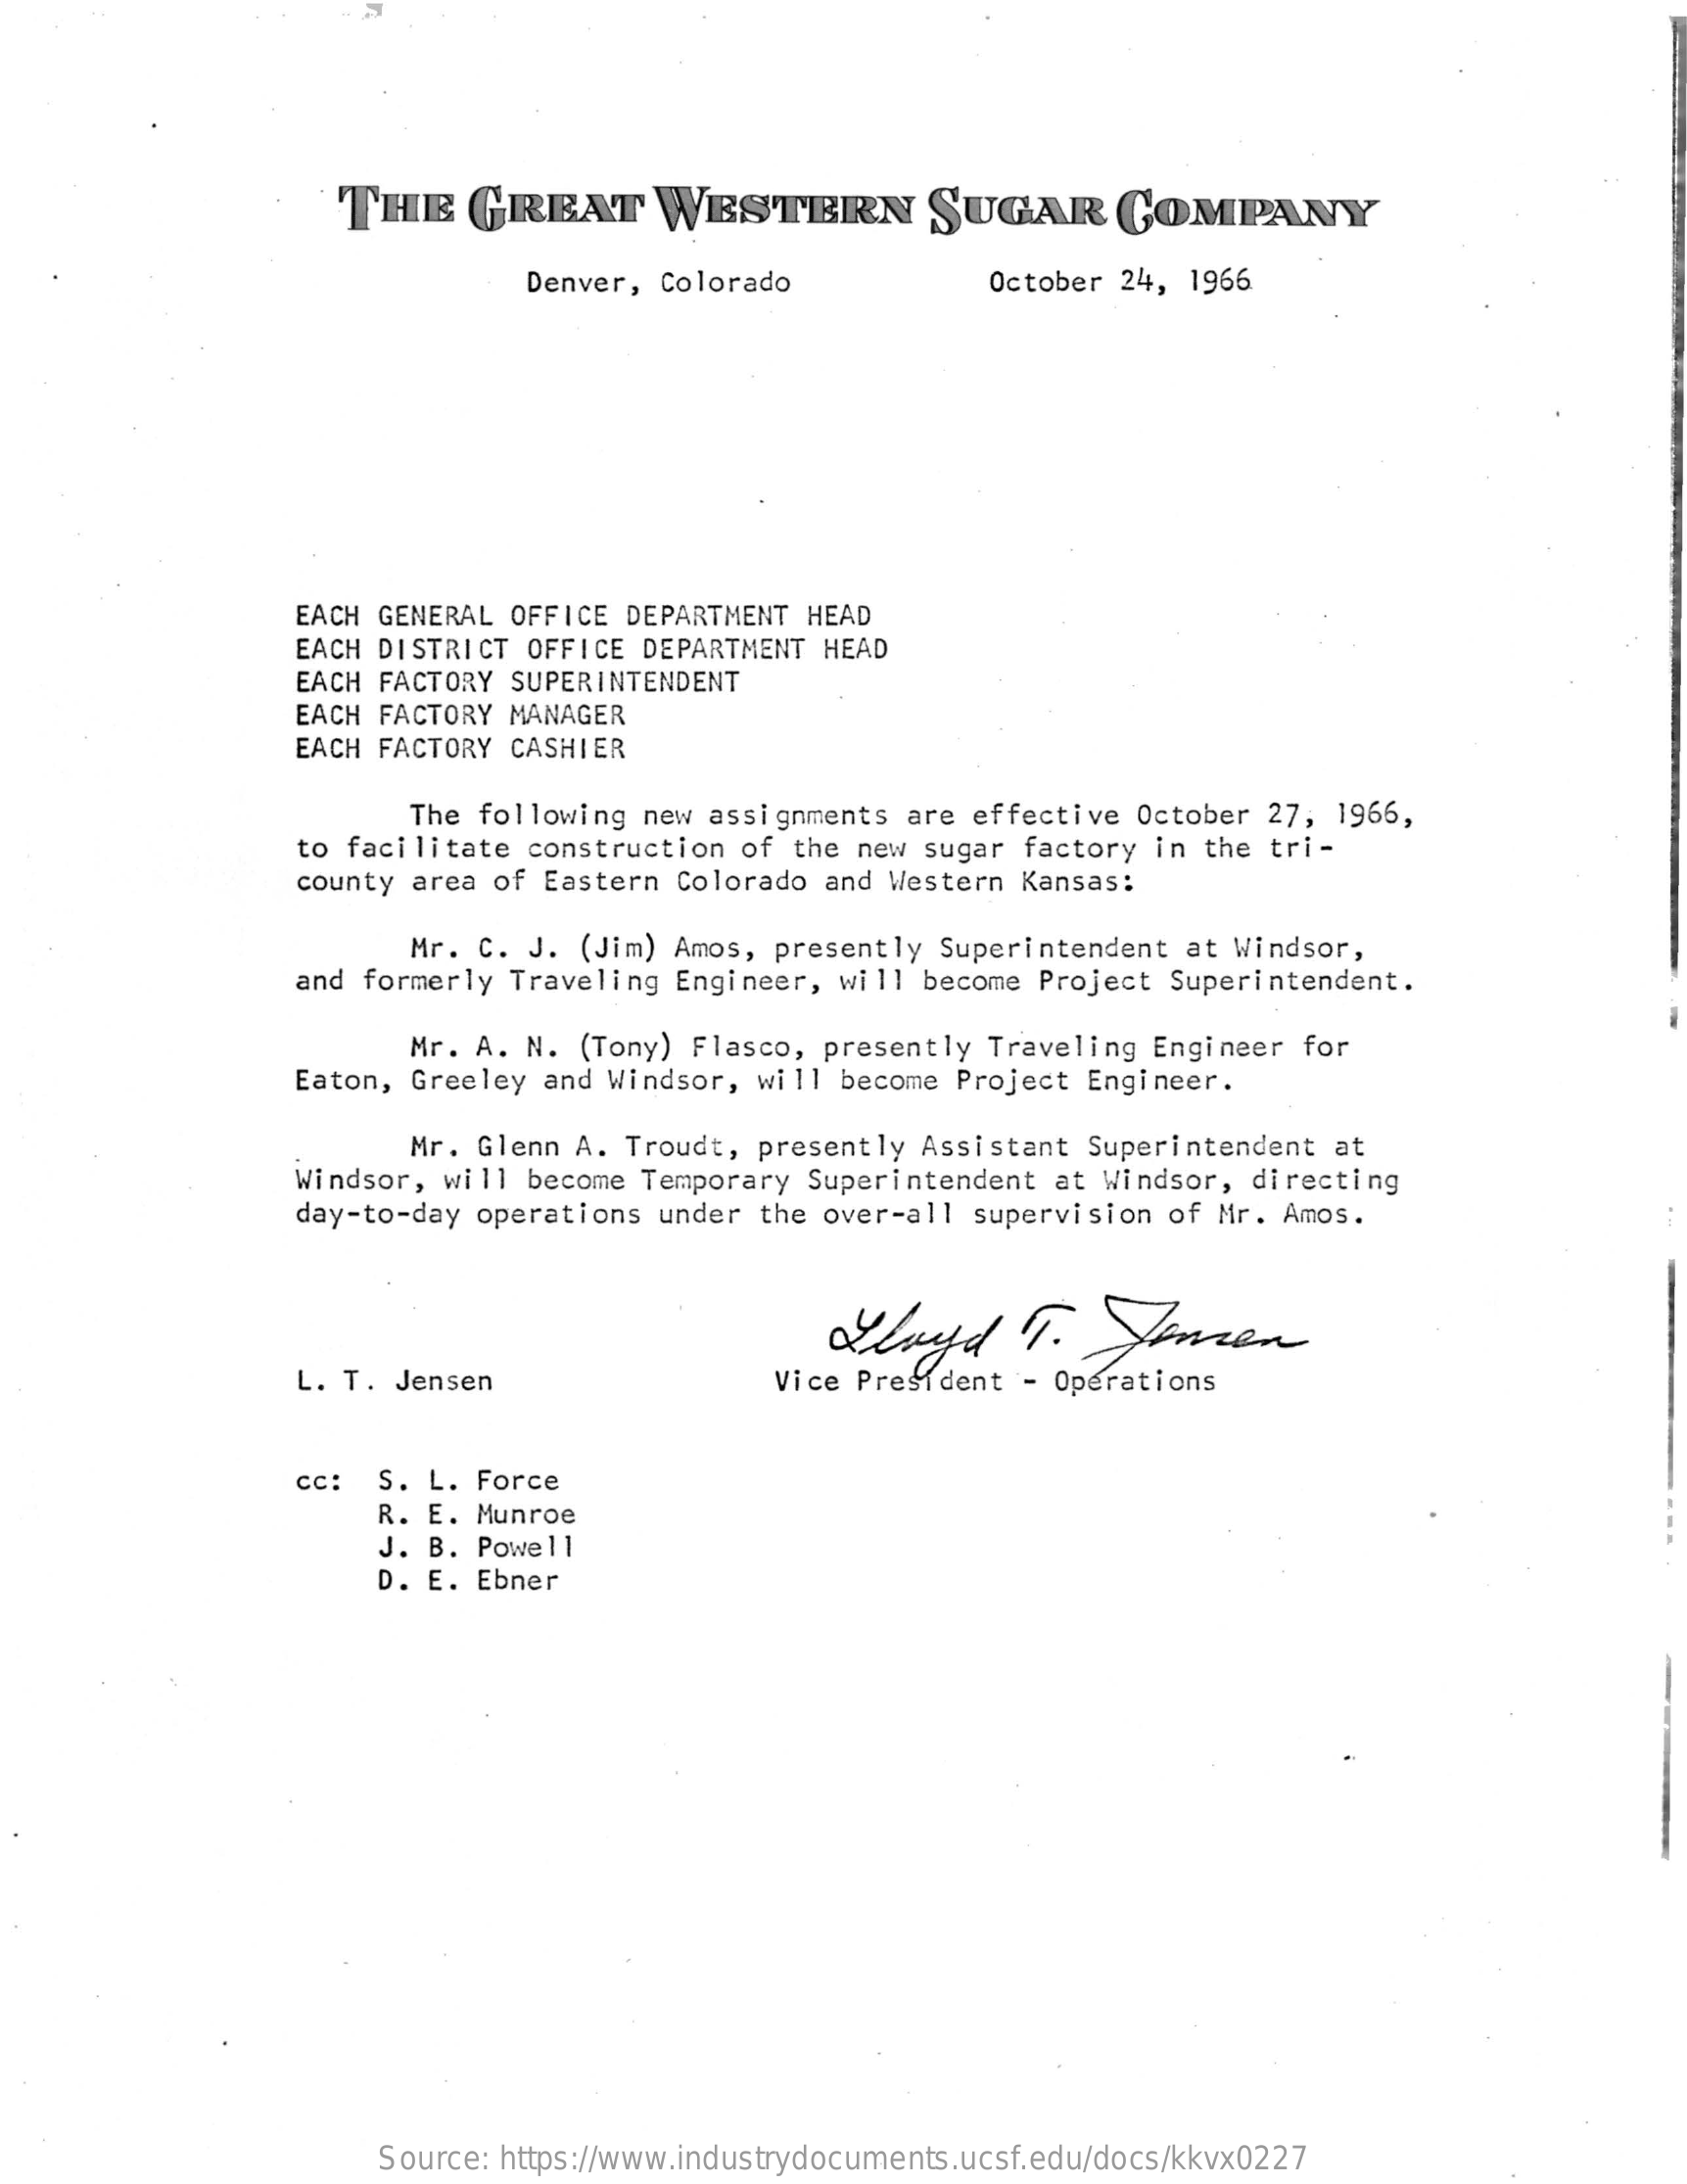
THE    GREAT    WESTERN    SUGAR    COMPANY
     Denver, Colorado    October 24, 1966
     EACH GENERAL OFFICE DEPARTMENT HEAD
     EACH DISTRICT OFFICE DEPARTMENT HEAD
     EACH FACTORY SUPERINTENDENT
     EACH FACTORY MANAGER
     EACH FACTORY CASHIER
     The following new assignments are effective October 27, 1966,
     to facilitate construction of the new sugar factory in the tri-
     county area of Eastern Colorado and Western Kansas:
     Mr. C. J. (Jim) Amos, presently Superintendent at Windsor,
     and formerly Traveling Engineer, will become Project Superintendent.
     Mr. A. N. (Tony) Flasco, presently Traveling Engineer for
     Eaton, Greeley and Windsor, will become Project Engineer.
     Mr. Glenn A. Troudt, presently Assistant Superintendent at
     Windsor, will become Temporary Superintendent at Windsor, directing
     day-to-day operations under the over-all supervision of Mr. Amos.
     L. T. Jensen    Vice President - Operations
     cc: S. L. Force
     R. E. Munroe
     J. B. Powell
     D. E. Ebner
     Source: https://www.industrydocuments.ucsf.edu/docs/kkvx0227